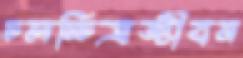
চলচ্চিত্রজীবন